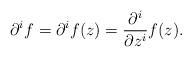
LaTeX: \begin{align*}\partial^i f =\partial^i f(z) = \frac{\partial^i}{\partial z^i} f(z).\end{align*}